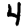
Digit: 4